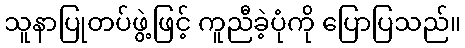
သူနာပြုတပ်ဖွဲ့ဖြင့် ကူညီခဲ့ပုံကို ပြောပြသည်။